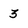
Character: 3